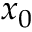
x _ { 0 }